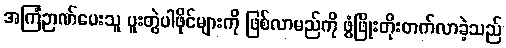
အကြံဉာဏ်ပေးသူ ပူးတွဲပါဖိုင်များကို ဖြစ်လာမည်ကို ဖွံဖြိုးတိုးတက်လာခဲ့သည်